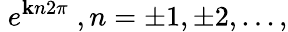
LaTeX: \; e^{\mathbf{k}n2\pi}\; ,n=\pm1,\pm2,...,